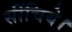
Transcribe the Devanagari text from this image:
सींचिये।